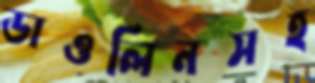
ডাওলিনসহ